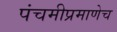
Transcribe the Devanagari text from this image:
पंचमीप्रमाणेच